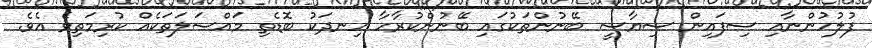
ފުލުހުންނާއި ސިފައިން ސިޔާސީ ބޭނުންތަކުގައި ބޭނުންކުރާހާ ހިނދަކު ބޮޑެތި މައްސަލަތަކެއް ކުރިމަތިވެ އެވެ.